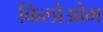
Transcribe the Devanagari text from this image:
किलोओम